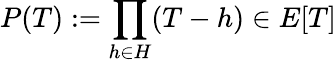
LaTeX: P(T):=\prod_{h\in H}(T-h)\in E[T]